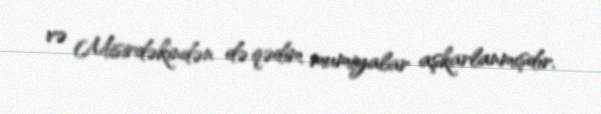
və Misirdəkindən də qədim mumiyalar aşkarlanmışdır.